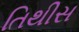
તિથીસ